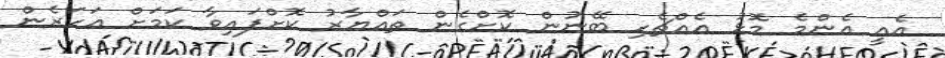
އެއީ އެންމެ މޮޅު އެއްޗެހި ބޭނުން ކޮށްގެން ތައްޔާރު ކޮށްފައިވާ ކަމަށް އަހަރެން